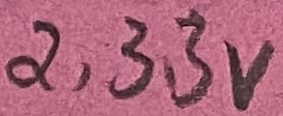
Text: 2,33V